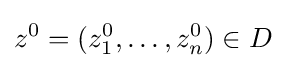
z^{0}=(z_{1}^{0},\dots ,z_{n}^{0})\in D